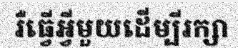
រឺធ្វើអ្វីមួយដើម្បីរក្សា